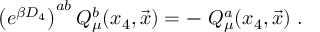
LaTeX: \left( e ^ { \beta D _ { 4 } } \right) ^ { a b } Q _ { \mu } ^ { b } ( x _ { 4 } , { \vec { x } } ) = - \ Q _ { \mu } ^ { a } ( x _ { 4 } , { \vec { x } } ) \; .